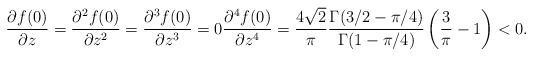
LaTeX: \begin{align*}\frac{\partial f(0)}{\partial z}=\frac{\partial^2 f(0)}{\partial z^2}=\frac{\partial^3 f(0)}{\partial z^3}=0\frac{\partial^4 f(0)}{\partial z^4}&=\frac{4\sqrt{2}}{\pi}\frac{\Gamma(3/2-\pi/4)}{\Gamma(1-\pi/4)}\left(\frac{3}{\pi}-1 \right)<0.\end{align*}